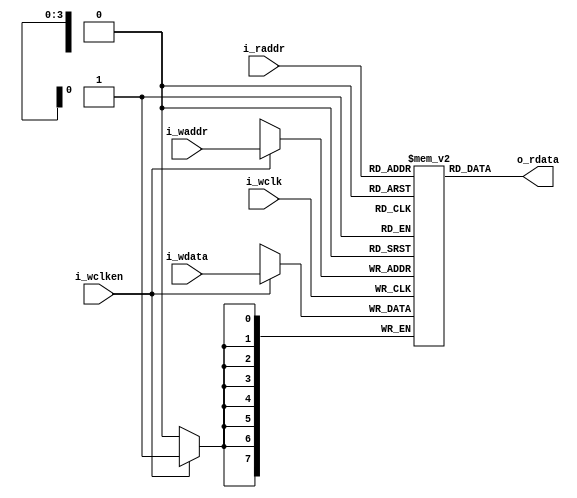
`default_nettype none
`timescale 1ns/1ns
module fifomem #(
	parameter DATA_WIDTH = 8, 					// Memory data word width
	parameter ADDR_WIDTH = 4, 					// Number of memory address bits
	parameter FIFO_DEPTH = (1 << ADDR_WIDTH)	// FIFO_DEPTH = 2**ADDR_WIDTH
)(
	output 	[DATA_WIDTH-1:0] 	o_rdata,
	input 	[DATA_WIDTH-1:0] 	i_wdata,
	input 	[ADDR_WIDTH-1:0] 	i_waddr, 
	input 	[ADDR_WIDTH-1:0] 	i_raddr,
	input 						i_wclken,
	input						i_wclk
);

	reg [DATA_WIDTH-1:0] MEM [0:FIFO_DEPTH-1];

	assign o_rdata = MEM[i_raddr];

	always @(posedge i_wclk) begin
		if (i_wclken) begin 
			MEM[i_waddr] <= i_wdata;
		end
	end

endmodule